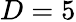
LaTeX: D=5